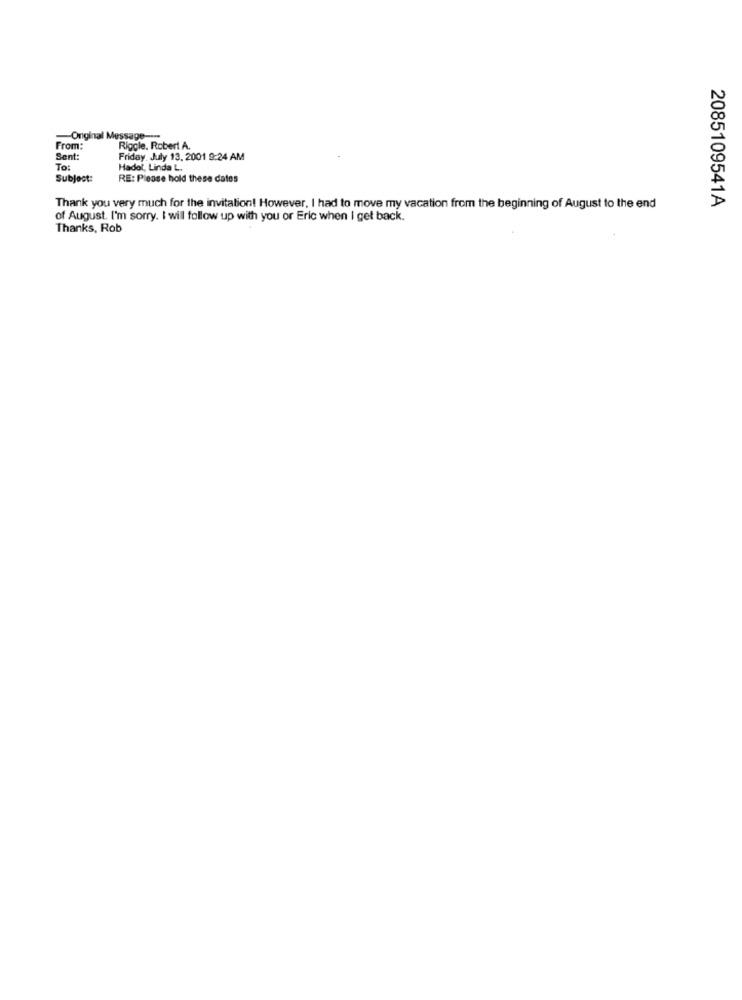
-Original Message-
From:
Riggle. Robert A.
Sent:
Friday, July 13, 2001 9:24 AM
To:
Hadol, Linda L.
Subject:
RE: Please hold these dates
2085109541A
Thank you very much for the invitation! However, I had to move my vacation from the beginning of August to the end
of August. I'm sorry. I will follow up with you or Eric when I get back.
Thanks, Rob